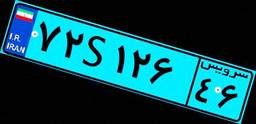
۷۲S۱۲۶۴۶